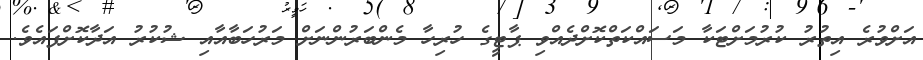
އަށްވުރެ އިތުރު ކުރުމަށްޓަކާ މަސައްކަތްކޮށްދެއްވި ޕާޓީގެ ހުރިހާ މެންބަރުންނަށް މަރުހަބާއާއި ޝުކުރު އަދާކޮށްފައެވެ.